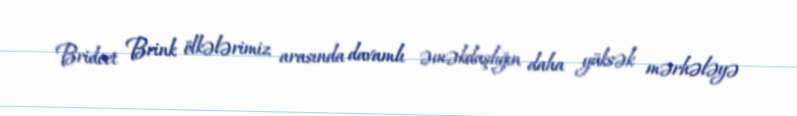
Bridcet Brink ölkələrimiz arasında davamlı əməkdaşlığın daha yüksək mərhələyə